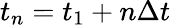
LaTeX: t_{n}=t_{1}+n\Delta t